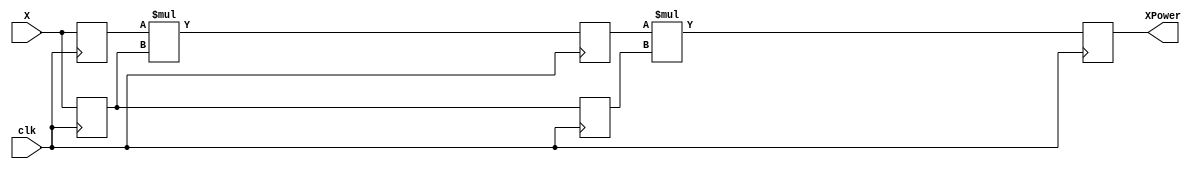
module power3_2(
output	reg	[7:0]	XPower,
input				clk,
input		[7:0]	X
);

reg	[7:0]	XPower1, XPower2;
reg	[7:0]	X1, X2;

always @(posedge clk) begin
	X1 <= X;
	XPower1 <= X;
	
	X2 <= X1;
	XPower2 <= XPower1 * X1;
	
	XPower <= XPower2 * X2;

end

endmodule